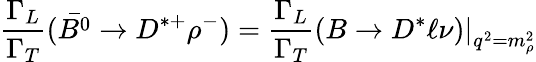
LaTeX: {\frac{\Gamma_{L}}{\Gamma_{T}}}({\bar{B^{0}}\to D^{*+}\rho^{-}})={\frac{\Gamma_{L}}{\Gamma_{T}}}{(B\to D^{*}\ell\nu)|}_{q^{2}=m_{\rho}^{2}}